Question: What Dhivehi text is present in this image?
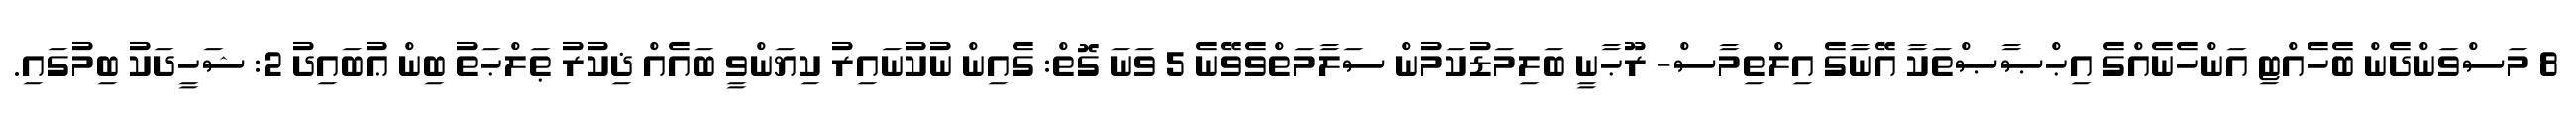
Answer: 8 މަސްވަންދެން ބެހެއްޓި އަންހެނެއްގެ އިޙްޞާޞްތަކާ އޭނާގެ އިލްތިމާސް- ރޫޙާނީ ބަލިމަޑުކަމުން ސަލާމަތްވެވޭނެ 5 ވަނަ ގޮތް: ގެއިން ނުކުނައިރު ކިޔަންވީ ބައެއް ޛިކުރު ޠަލްޙަތު ބިން ޢުބައިދު 2: ޝަހީދަކު ބިމުގައި.